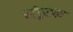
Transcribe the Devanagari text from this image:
संपुटक